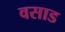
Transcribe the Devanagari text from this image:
वसाड